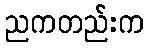
ညကတည်းက